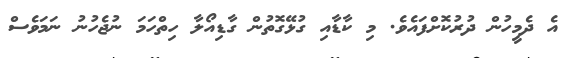
އެ ދެމީހުން ދުރުކޮށްފައެވެ. މި ކާޑާއި ގުޅޭގޮތުން ގާޑިއޯލާ ހިތްހަމަ ނުޖެހުނު ނަމަވެސް